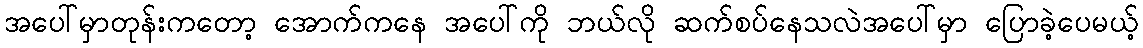
အပေါ်မှာတုန်းကတော့ အောက်ကနေ အပေါ်ကို ဘယ်လို ဆက်စပ်နေသလဲအပေါ်မှာ ပြောခဲ့ပေမယ့်